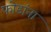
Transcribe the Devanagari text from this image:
फोडांना